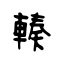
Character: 輳